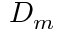
D _ { m }